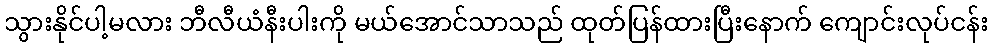
သွားနိုင်ပါ့မလား ဘီလီယံနီးပါးကို မယ်အောင်သာသည် ထုတ်ပြန်ထားပြီးနောက် ကျောင်းလုပ်ငန်း